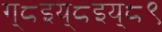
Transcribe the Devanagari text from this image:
ग्८इय्८इय्८९